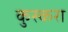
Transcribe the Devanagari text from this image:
कुस्करा